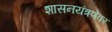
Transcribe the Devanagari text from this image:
शासनयंत्रणेवर